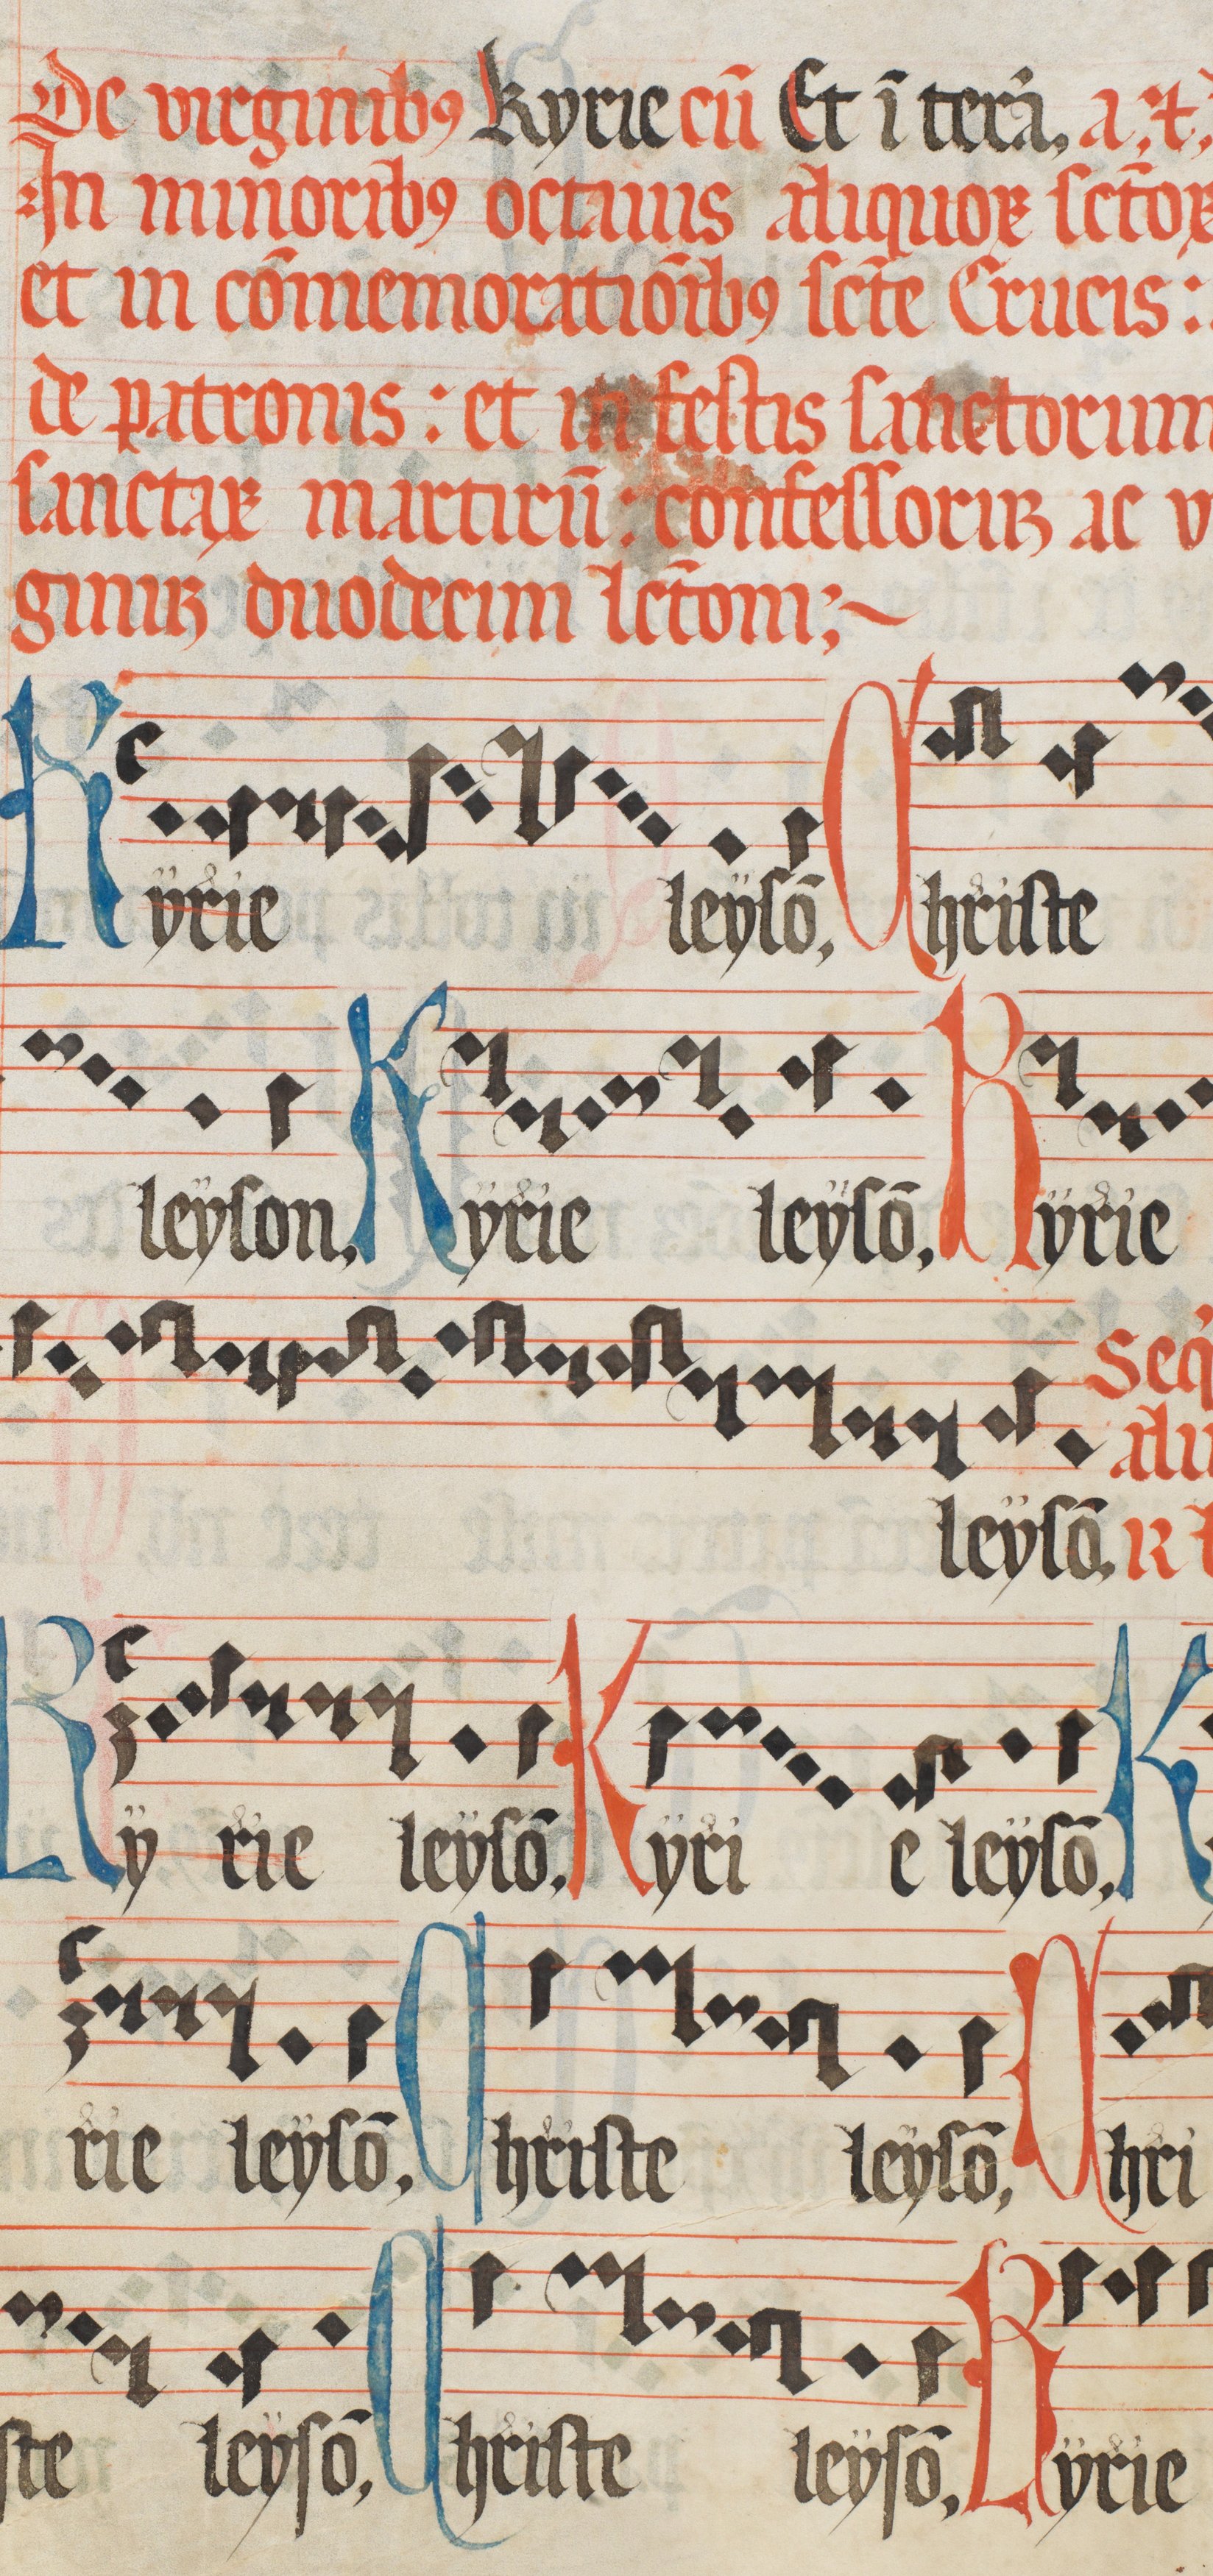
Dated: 1473–1473